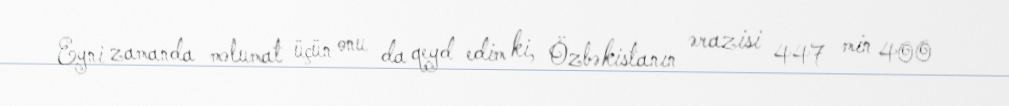
Eyni zamanda məlumat üçün onu da qeyd edim ki, Özbəkistanın ərazisi 447 min 400